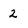
Character: 2